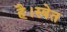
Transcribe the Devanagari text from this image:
है।स्वेत